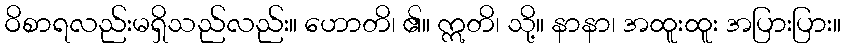
ဝိစာရလည်းမရှိသည်လည်း။ ဟောတိ၊ ၏။ ဣတိ၊ သို့။ နာနာ၊ အထူးထူး အပြားပြား။